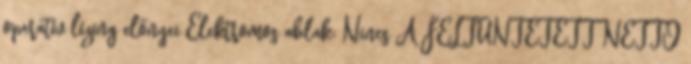
operatív lízing előnyei Elektromos ablak: Nincs A FELTÜNTETETT NETTÓ